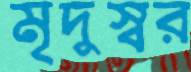
মৃদুস্বর